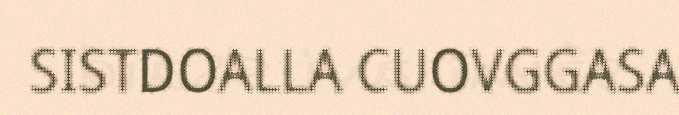
SISTDOALLA CUOVGGASA